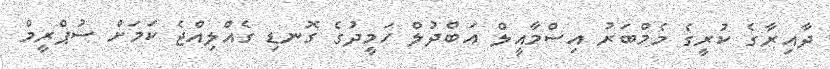
ދާއިރާގެ ކުރީގެ މެމްބަރު އިސްމާއީލް އަބްދުލް ހަމީދުގެ ގޮނޑި ގެއްލިއްޖެ ކަމަށް ސުޕްރީމް